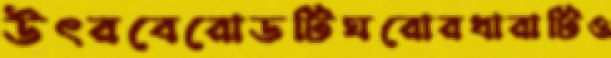
উৎরবেরোডটিঘরোরধারাটিও